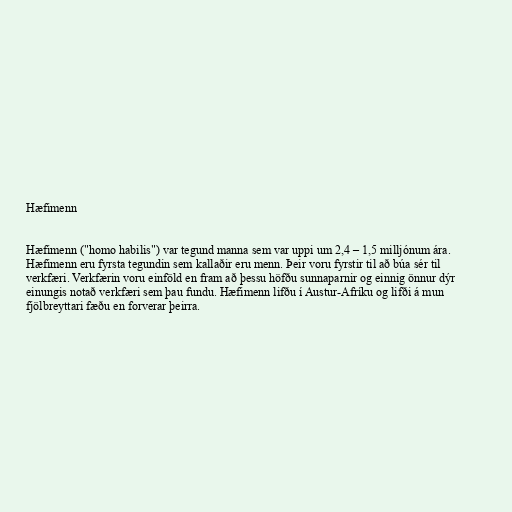
Hæfimenn

Hæfimenn ("homo habilis") var tegund manna sem var uppi um 2,4 – 1,5 milljónum ára.
Hæfimenn eru fyrsta tegundin sem kallaðir eru menn. Þeir voru fyrstir til að búa sér til
verkfæri. Verkfærin voru einföld en fram að þessu höfðu sunnaparnir og einnig önnur dýr
einungis notað verkfæri sem þau fundu. Hæfimenn lifðu í Austur-Afríku og lifði á mun
fjölbreyttari fæðu en forverar þeirra.